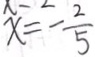
x = - \frac { 2 } { 5 }